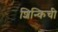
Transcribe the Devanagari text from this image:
शिन्किची